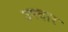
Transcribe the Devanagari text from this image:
उपदार